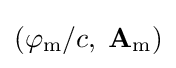
(\varphi _{\mathrm {m} }/c,\;\mathbf {A} _{\mathrm {m} })